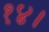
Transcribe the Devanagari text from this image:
१४।